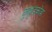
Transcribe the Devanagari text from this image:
कुक्कुडकोंबा